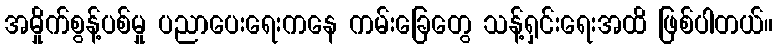
အမှိုက်စွန့်ပစ်မှု ပညာပေးရေးကနေ ကမ်းခြေတွေ သန့်ရှင်းရေးအထိ ဖြစ်ပါတယ်။